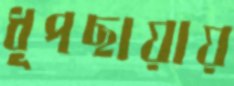
ধূপছায়ায়